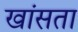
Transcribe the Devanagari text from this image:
खांसता